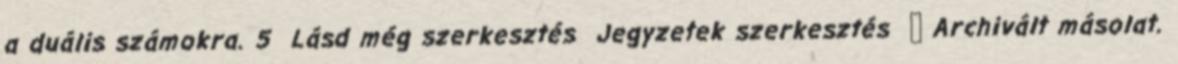
a duális számokra. 5 Lásd még szerkesztés Jegyzetek szerkesztés ↑ Archivált másolat.